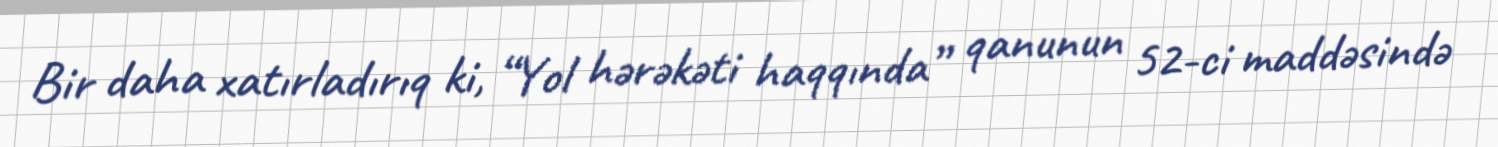
Bir daha xatırladırıq ki, “Yol hərəkəti haqqında” qanunun 52-ci maddəsində